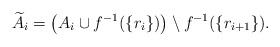
\begin{align*}\widetilde{A}_i=\left(A_i\cup f^{-1}(\{r_i\})\right)\setminus f^{-1}(\{r_{i+1}\}).\end{align*}